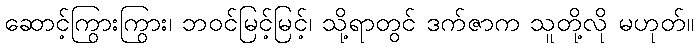
ဆောင့်ကြွားကြွား၊ ဘဝင်မြင့်မြင့်၊ သို့ရာတွင် ဒက်ဇာက သူတို့လို မဟုတ်။